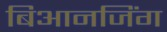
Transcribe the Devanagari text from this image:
बिआनजिंग